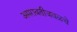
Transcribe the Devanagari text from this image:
अमरावतीजवळचे